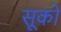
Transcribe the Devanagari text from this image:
सूकों